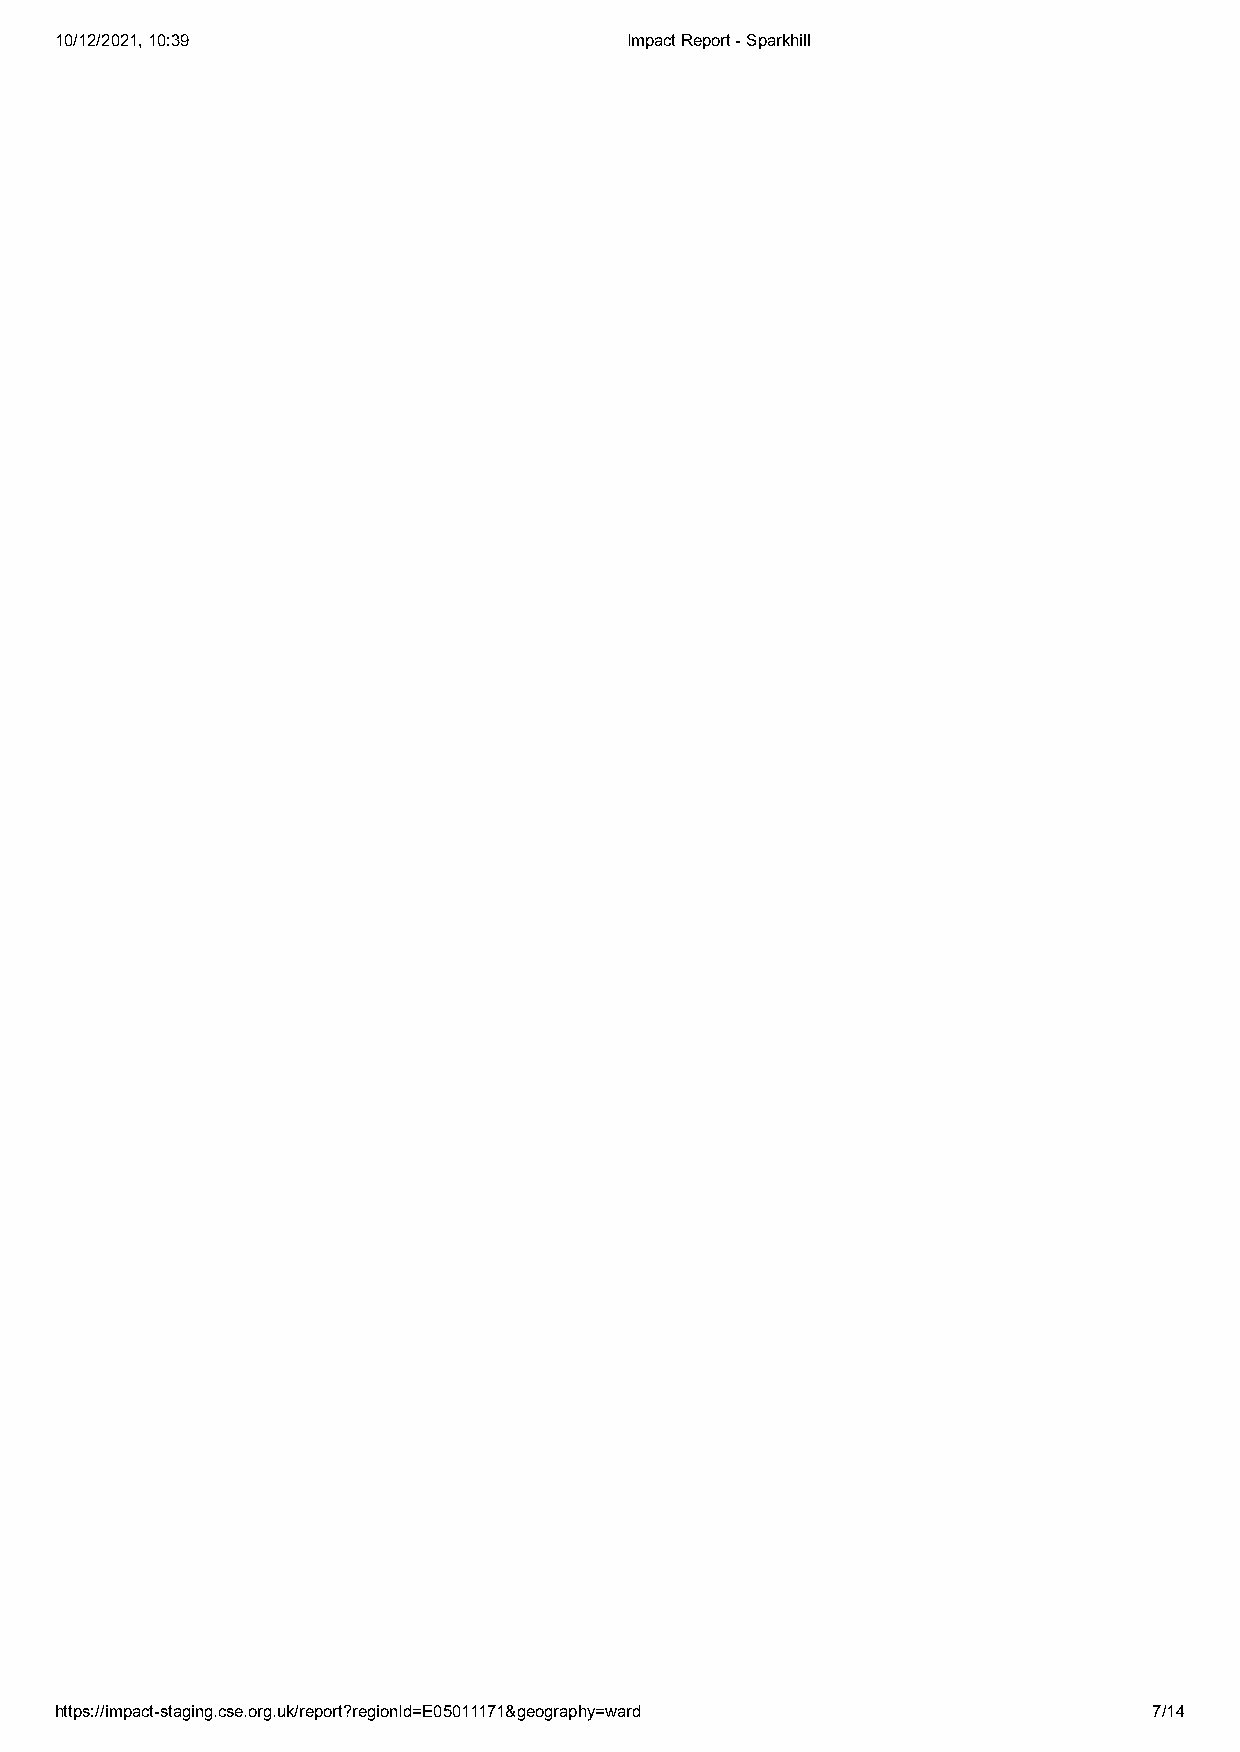
10/12/2021, 10:39                    Impact Report - Sparkhill
 https://impact-staging.cse.org.uk/report?regionId=E05011171&geography=ward 7/14